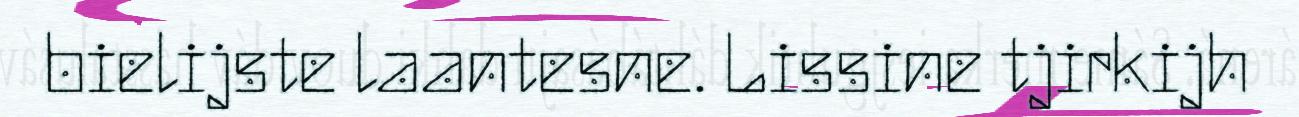
bielijste laantesne. Lissine tjirkijh